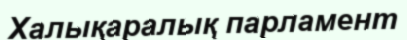
Халықаралық парламент